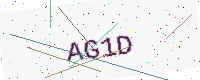
Text: AG1D